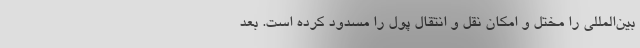
بین‌المللی را مختل و امکان نقل و انتقال پول را مسدود کرده است. بعد